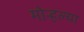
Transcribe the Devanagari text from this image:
मोर्‍हल्या